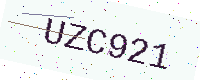
Text: UZC921